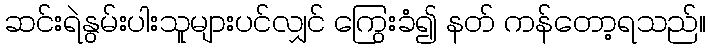
ဆင်းရဲနွမ်းပါးသူများပင်လျှင် ကြွေးခံ၍ နတ် ကန်တော့ရသည်။